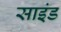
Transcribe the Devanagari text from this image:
साइंड